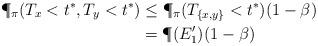
LaTeX: \begin{align*} \P_\pi( T_x < t^*, T_y <t^*) & \le \P_\pi ( T_{\{x,y\}} < t^*)(1- \beta) \\ & = \P(E'_1) (1- \beta) \end{align*}